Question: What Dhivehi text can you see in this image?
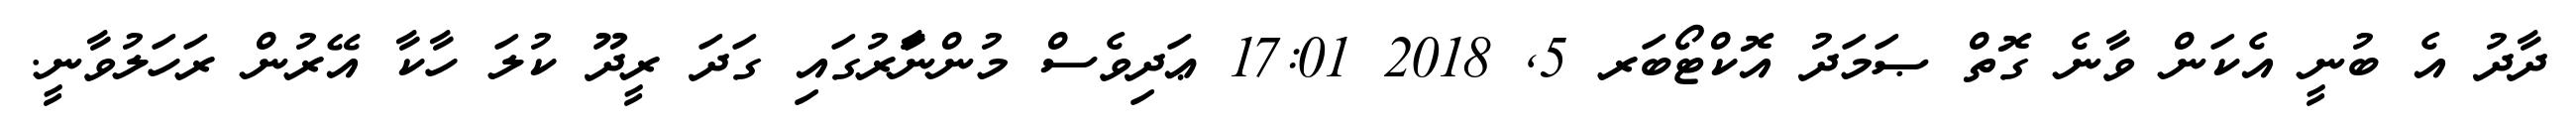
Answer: ދާދު އެ ބުނީ އެކަން ވާނެ ގޮތް ޞަމަދު އޮކްޓޯބަރ 5, 2018 17:01 ޢަދިވެސް މުންނަަާރުގައި ގަދަ ރީދޫ ކުލަ ހާކާ އޭރުން ރަހަލުވާނީ.